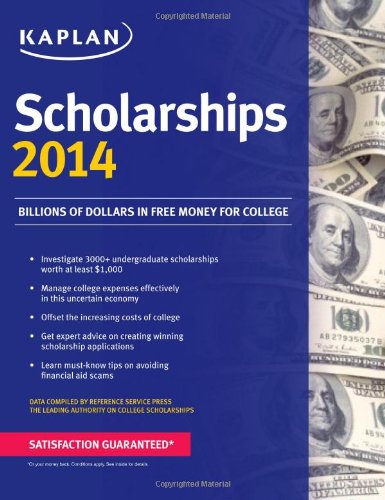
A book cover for Kaplan Scholarships 2014 (Kaplan Test Prep); Kaplan; Business & Money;